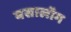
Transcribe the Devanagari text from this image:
बसालॉग